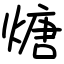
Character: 煻